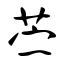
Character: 苎